Medical and sanitary report of the native army of Madras for the year
Year: 1878
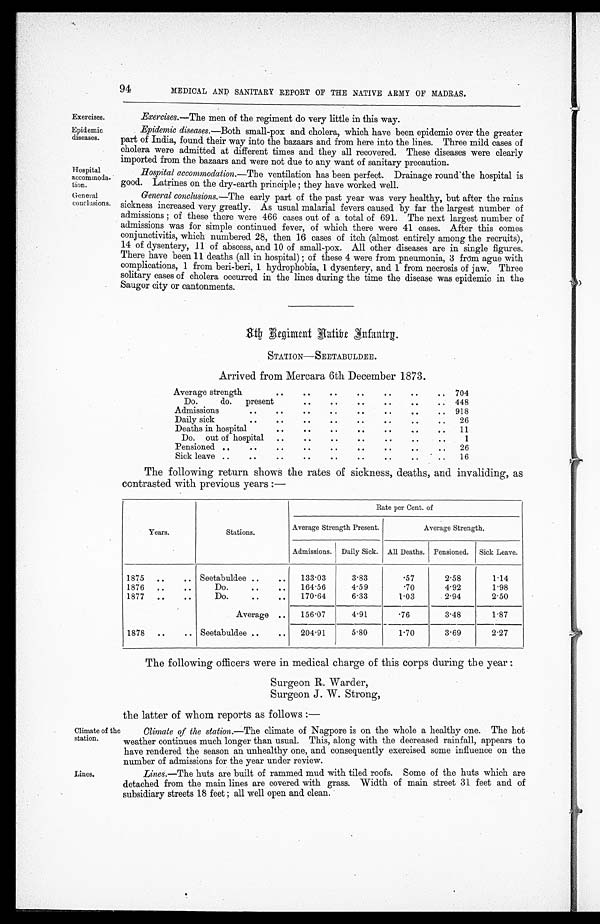
94
MEDICAL AND SANITARY REPORT OF THE NATIVE ARMY OF MADRAS.
Exercises.
Epidemic
diseases.
Hospital
accommoda
tion.
General
conclusions.
Exercises.—The men of the regiment do very little in this way.
Epidemic diseases.—Both small-pox and cholera, which have been epidemic over the greater
part of India, found their way into the bazaars and from here into the lines. Three mild cases of
cholera were admitted at different times and they all recovered. These diseases were clearly
imported from the bazaars and were not due to any want of sanitary precaution.
Hospital accommodation.—The ventilation has been perfect. Drainage round the hospital is
good. Latrines on the dry-earth principle ; they have worked well.
General conclusions.—The early part of the past year was very healthy, but after the rains
sickness increased very greatly. As usual malarial fevers caused by far the largest number of
admissions ; of these there were 466 cases out of a total of 691. The next largest number of
admissions was for simple continued fever, of which there were 41 cases. After this comes
conjunctivitis, which numbered 28, then 16 cases of itch (almost entirely among the recruits),
14 of dysentery, 11 of abscess, and 10 of small-pox. All other diseases are in single figures.
There have been 11 deaths (all in hospital) ; of these 4 were from pneumonia, 3 from ague with
complications, 1 from beri-beri, 1 hydrophobia, 1 dysentery, and 1 from necrosis of jaw. Three
solitary cases of cholera occurred in the lines during the time the disease was epidemic in the
Saugor city or cantonments.
8th Regiment Native Infantry.
STATION—SEETABULDEE.
Arrived from Mercara 6th December 1873.
Average strength
. .
..
..
..
. .
..
.. 704
Do.
do. present
. .
. .
..
. .
. .
.. 448
Admissions
..
. .
..
..
. .
. .
..
.. 918
Daily sick
. .
. .
. .
. .
. .
. .
. .
. .
26
Deaths in hospital
. .
. .
. .
. .
. .
. .
.. 11
Do. out of hospital . .
. .
..
. .
. .
. .
. .
1
Pensioned ..
..
. .
. .
. .
. .
. .
. .
. .
26
Sick leave ..
. . ..
. .
. .
..
. . . .
.. 16
The following return shows the rates of sickness, deaths, and invaliding, as
contrasted with previous years :—
Years.
Stations.
Rate per Cent. of
Average Strength Present.
Average Strength.
Admissions. Daily Sick. All Deaths. Pensioned. Sick Leave.
1875 ..
.. Seetabuldee . .
.. 133.03
3.83
.57
2.58
1.14
1876
. .
. .
Do.
..
. . 164.56
4.59
.70
4.92
1.98
1877 ..
..
Do.
. .
. . 170.64
6.33
1.03
2.94
2.50
Average .. 156.07
4.91
.76
3.48
1.87
1878 ..
.. Seetabuldee . .
.. 204.91
5.80
1.70
3.69
2.27
Climate of the
station.
Lines.
The following officers were in medical charge of this corps during the year :
Surgeon R. Warder,
Surgeon J. W. Strong,
the latter of whom reports as follows : —
Climate of the station.— The climate of Nagpore is on the whole a healthy one. The hot
weather continues much longer than usual. This, along with the decreased rainfall, appears to
have rendered the season an unhealthy one, and consequently exercised some influence on the
number of admissions for the year under review.
Lines.—The huts are built of rammed mud with tiled roofs. Some of the huts which are
detached from the main lines are covered with grass. Width of main street 31 feet and of
subsidiary streets 18 feet ; all well open and clean.